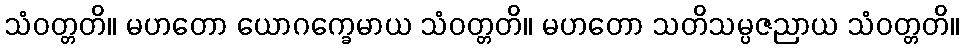
သံဝတ္တတိ။ မဟတော ယောဂက္ခေမာယ သံဝတ္တတိ။ မဟတော သတိသမ္ပဇညာယ သံဝတ္တတိ။